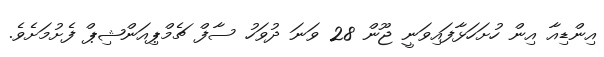
އިންޑިއާ އިން ހުށަހަޅާފައިވަނީ ޖޫން 28 ވަނަ ދުވަހު ސާފް ޗެމްޕިއަންޝިޕް ފެށުމަށެވެ.